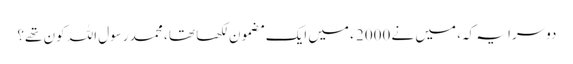
دوسرا یہ کہ، میں نے 2000 ء میں ایک مضمون لکھا تھا ، محمد رسول اللہ کون تھے؟